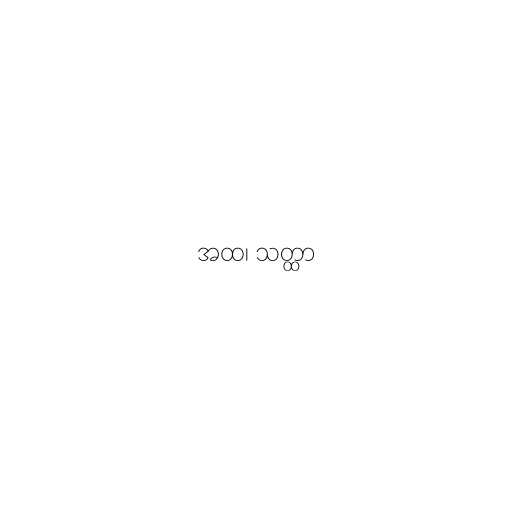
အထ၊ သတ္ထာ